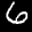
Label: 6